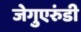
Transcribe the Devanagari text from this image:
जेगुएरुंडी